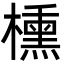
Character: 櫄